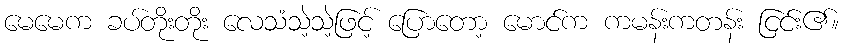
မေမေက ခပ်တိုးတိုး လေသံသဲ့သဲ့ဖြင့် ပြောတော့ မောင်က ကမန်းကတန်း ငြင်း၏။